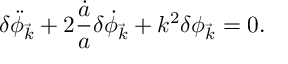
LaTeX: \delta \ddot { \phi } _ { \vec { k } } + 2 \frac { \dot { a } } { a } \delta \dot { \phi } _ { \vec { k } } + k ^ { 2 } \delta \phi _ { \vec { k } } = 0 .